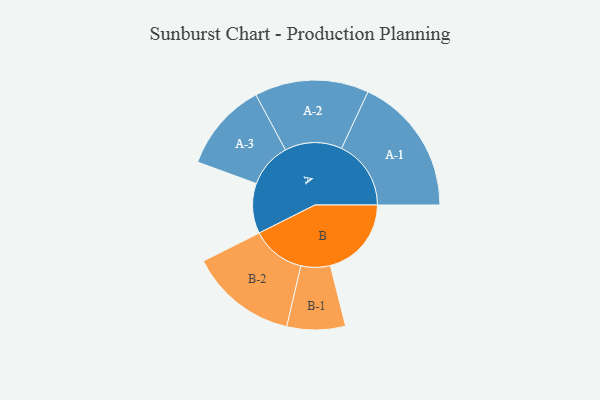
{"axis": {"x": "Segment", "y": "Value"}, "legend": ["", "A", "B"], "data": [{"x": "A", "y": 185, "type": ""}, {"x": "B", "y": 300, "type": ""}, {"x": "A-1", "y": 257, "type": "A"}, {"x": "A-2", "y": 211, "type": "A"}, {"x": "A-3", "y": 165, "type": "A"}, {"x": "B-1", "y": 108, "type": "B"}, {"x": "B-2", "y": 199, "type": "B"}]}